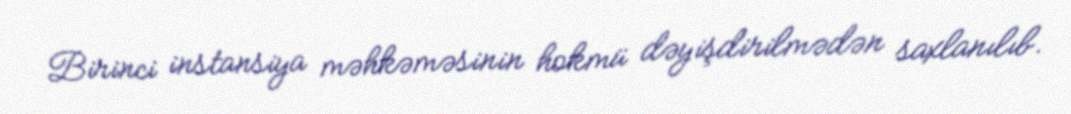
Birinci instansiya məhkəməsinin hokmü dəyişdirilmədən saxlanılıb.